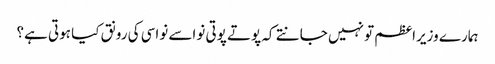
ہمارے وزیراعظم تو نہیں جانتے کہ پوتے پوتی نواسے نواسی کی رونق کیا ہوتی ہے؟